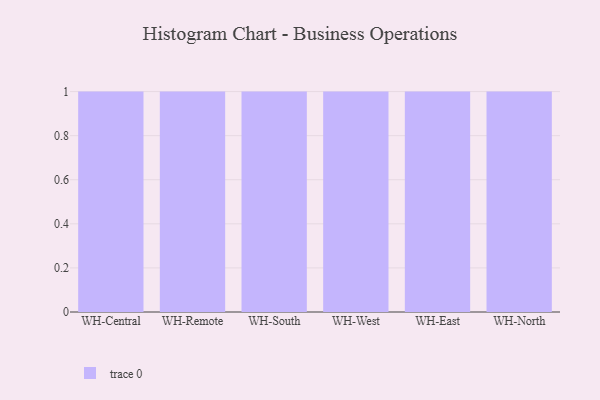
{"axis": {"x": "Warehouse", "y": "Tickets Resolved"}, "legend": [""], "data": [{"x": "WH-Central", "y": 29, "type": ""}, {"x": "WH-Remote", "y": 80, "type": ""}, {"x": "WH-South", "y": 41, "type": ""}, {"x": "WH-West", "y": 33, "type": ""}, {"x": "WH-East", "y": 53, "type": ""}, {"x": "WH-North", "y": 16, "type": ""}]}